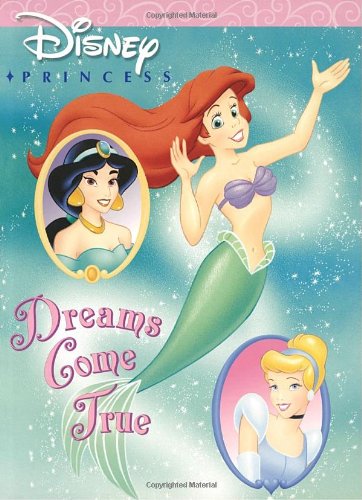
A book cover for Dreams Come True (Disney Princess) (Super Coloring Time); RH Disney; Children's Books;